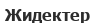
Жидектер